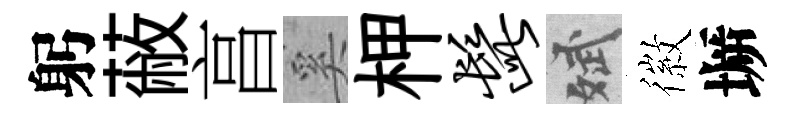
躬蔽亯奚柙髭斌徽󶱲